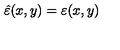
\hat { \varepsilon } ( x , y ) = \varepsilon ( x , y )